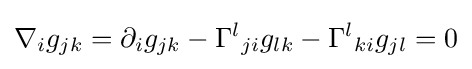
\nabla _{i}g_{jk}=\partial _{i}g_{jk}-{\Gamma ^{l}}_{ji}g_{lk}-{\Gamma ^{l}}_{ki}g_{jl}=0